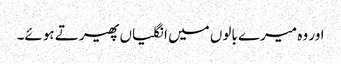
اور وہ میرے بالوں میں انگلیاں پھیرتے ہوئے۔